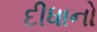
દીધાનો